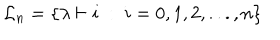
{ \cal L } _ { n } = \{ \lambda \vdash i \; : \; i = 0 , 1 , 2 , . . . , n \}